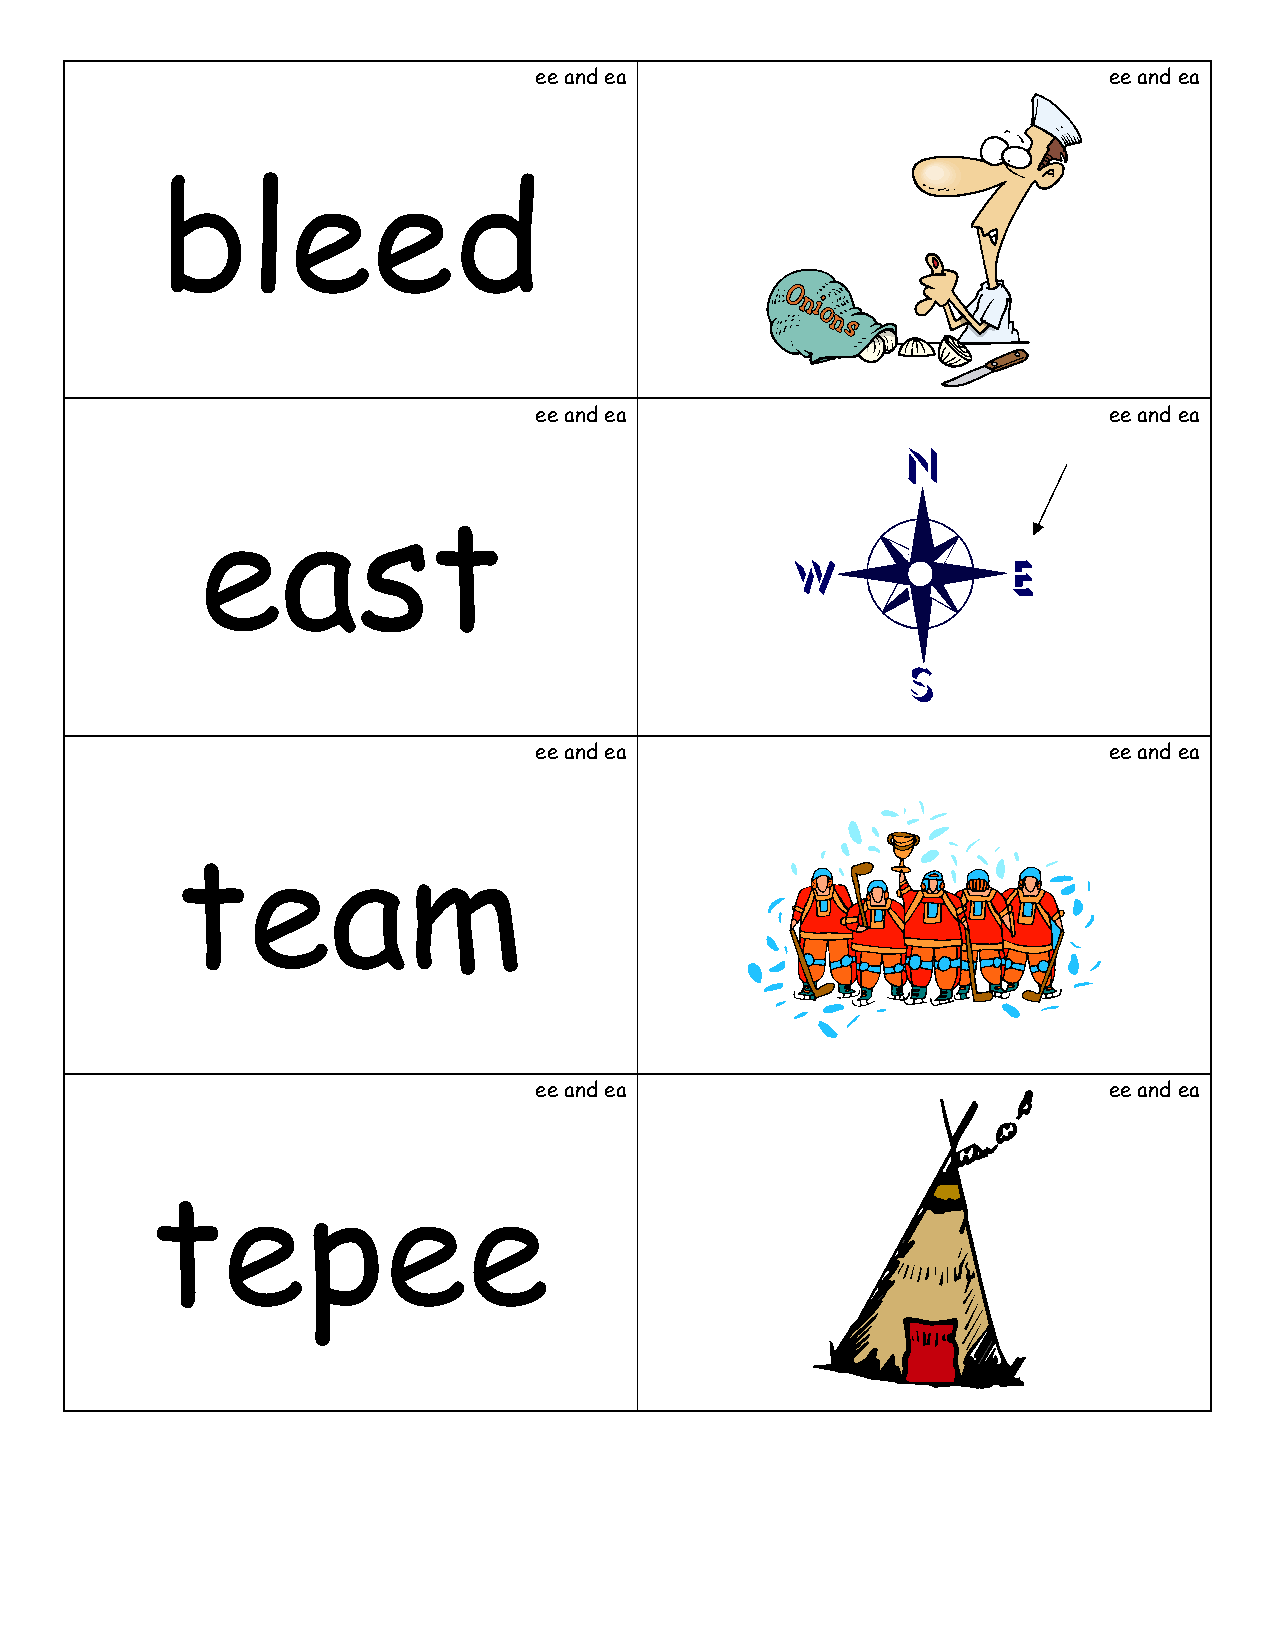
ee and ea                             ee and ea
 bleed
 ee and ea                             ee and ea
 east
 ee and ea                             ee and ea
 team
 ee and ea                             ee and ea
 tepee